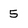
Character: 5